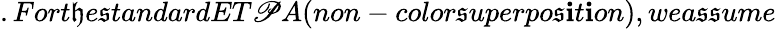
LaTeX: .Fort\mathfrak{h}e\mathfrak{s}tandardET\mathscr{P}A(non-color\mathfrak{s}uperpo\mathfrak{s}\mathbf{i}t\mathbf{i}on),wea\mathfrak{s}\mathfrak{s}ume